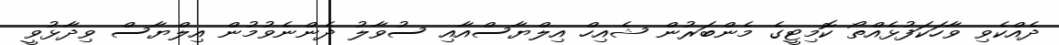
ދެއްކެވި ވާހަކަފުޅެއްތޯ ކޮމިޓީގެ މެންބަރުން ޝެއިހް އިލްޔާސްއާއި ސުވާލު ދެންނެވުމުން އިލްޔާސް ވިދާޅުވީ